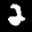
Label: 2